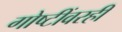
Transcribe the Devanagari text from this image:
गोष्टींवरही